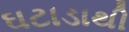
ઘટાડાથી